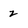
Character: 2